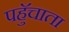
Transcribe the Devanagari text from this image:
पहुॅचाता